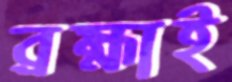
ব্রহ্মাই